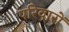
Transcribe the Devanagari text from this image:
परिवारों